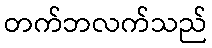
တက်ဘလက်သည်